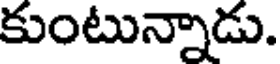
కుంటున్నాడు.